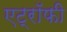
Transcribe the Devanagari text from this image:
एट्रॉफी